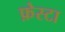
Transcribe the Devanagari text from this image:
फ़ेस्टा